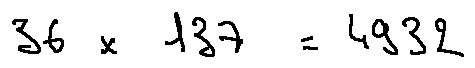
3 6 \times 1 3 7 = 4 9 3 2